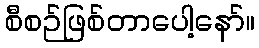
စီစဉ်ဖြစ်တာပေါ့နော်။